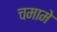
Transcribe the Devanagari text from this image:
चमामे